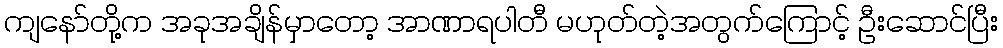
ကျနော်တို့က အခုအချိန်မှာတော့ အာဏာရပါတီ မဟုတ်တဲ့အတွက်ကြောင့် ဦးဆောင်ပြီး